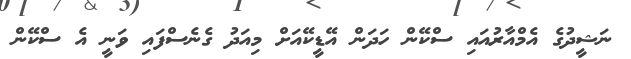
ނަޝީދުގެ އެމްއާރުއައި ސްކޭން ހަދަން އޭޑީކޭއަށް މިއަދު ގެނެސްފައި ވަނީ އެ ސްކޭން